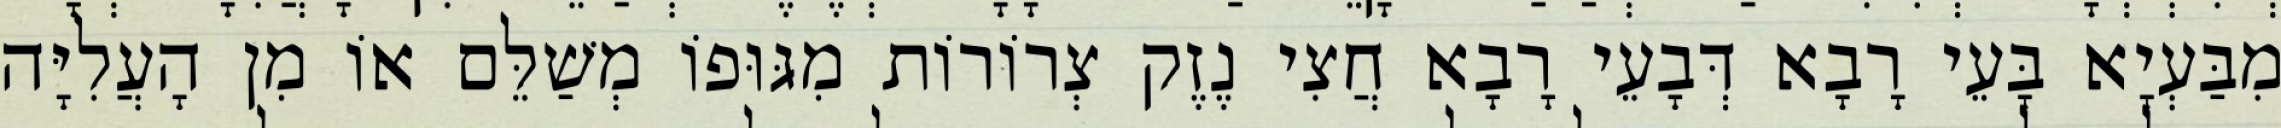
מִבַּעְיָא בָּעֵי רָבָא דְּבָעֵי רָבָא חֲצִי נֶזֶק צְרוֹרוֹת מִגּוּפוֹ מְשַׁלֵּם אוֹ מִן הָעֲלִיָּה